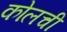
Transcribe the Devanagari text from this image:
कोलची